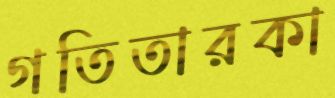
গতিতারকা